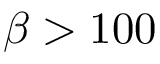
\beta > 1 0 0